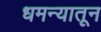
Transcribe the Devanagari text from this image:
धमन्यातून